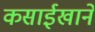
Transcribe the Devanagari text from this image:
कसाईखाने